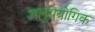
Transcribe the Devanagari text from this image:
आनुप्रयोगिक